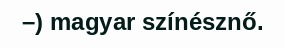
–) magyar színésznő.